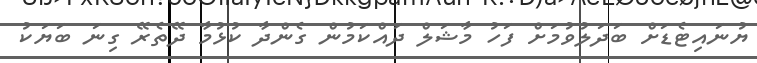
ޔުނައިޓެޑަށް ބަދަލުވުމަށް ފަހު މާޝަލް ދައްކަމުން ގެންދާ ކުޅުމާ ދޭތެރޭ ގިނަ ބަޔަކު